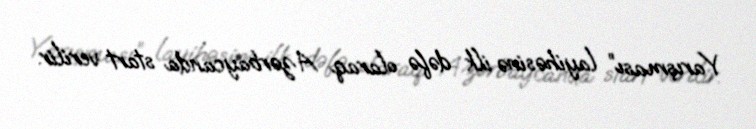
Yarışması” layihəsinə ilk dəfə olaraq Azərbaycanda start verilir.